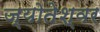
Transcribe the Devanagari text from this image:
ज्योतेश्वर